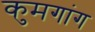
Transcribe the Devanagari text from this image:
कुमगांग